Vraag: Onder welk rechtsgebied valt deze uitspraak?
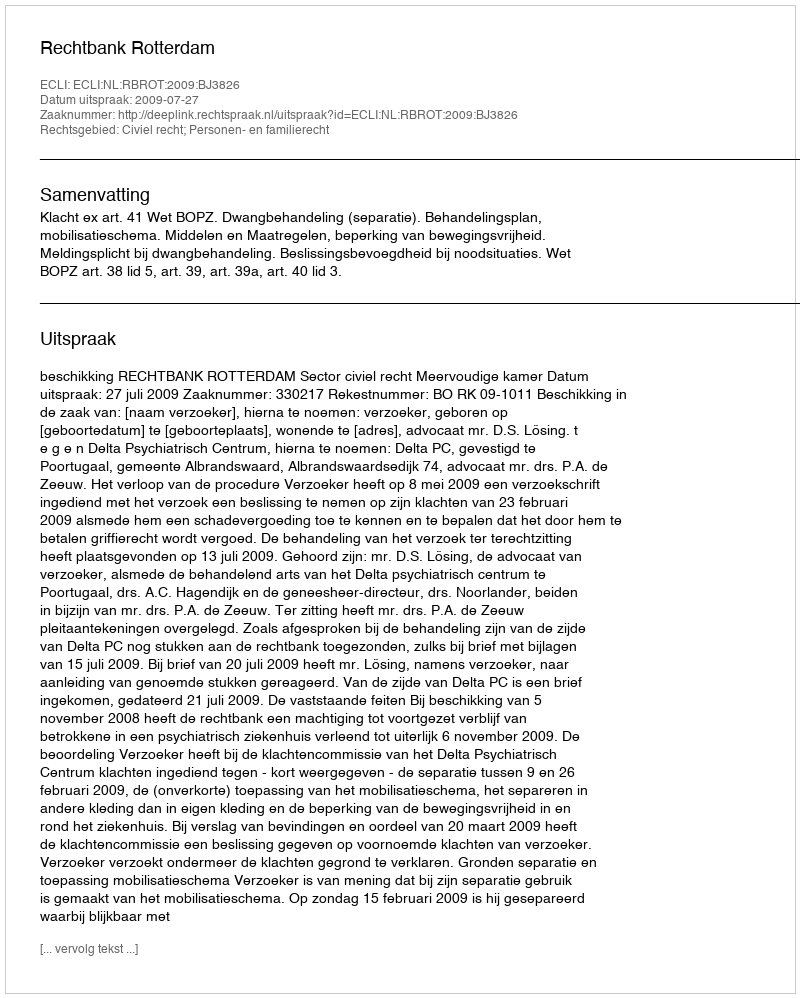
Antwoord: Civiel recht; Personen- en familierecht